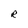
Character: r